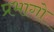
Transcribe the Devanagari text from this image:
प्रभागो